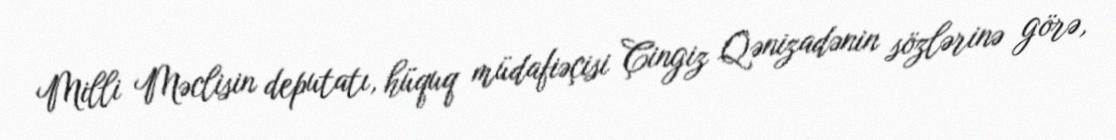
Milli Məclisin deputatı, hüquq müdafiəçisi Çingiz Qənizadənin sözlərinə görə,